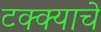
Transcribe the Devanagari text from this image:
टक्क्याचे